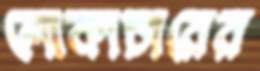
লোকাচারের